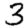
Digit: 3